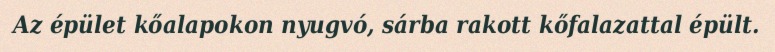
Az épület kőalapokon nyugvó, sárba rakott kőfalazattal épült.